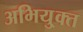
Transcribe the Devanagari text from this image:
अभियु्क्त